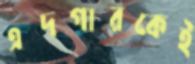
এদগারকেই